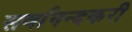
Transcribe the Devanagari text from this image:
सर्वानन्दकरी